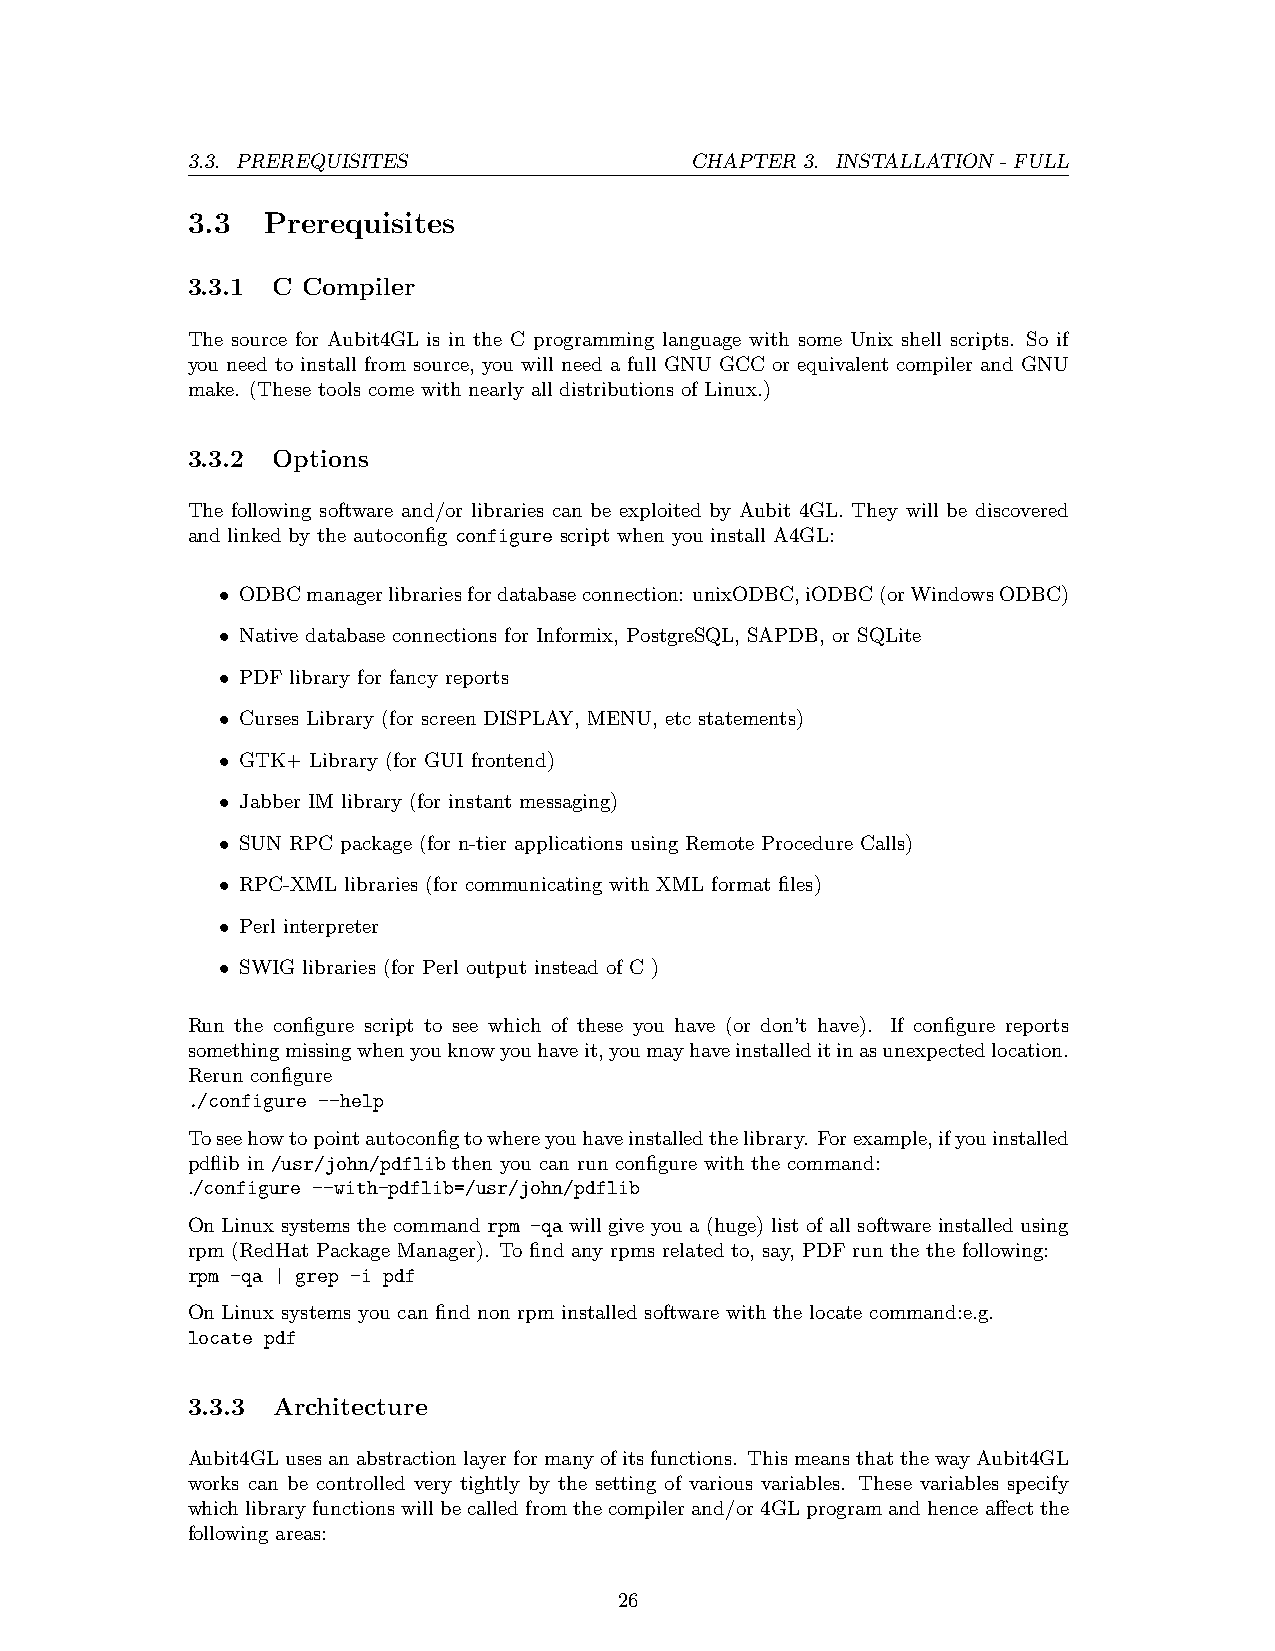
3.3. PREREQUISITES                CHAPTER 3. INSTALLATION - FULL
 3.3  Prerequisites
 3.3.1 C Compiler
 The source for Aubit4GL is in the C programming language with some Unix shell scripts. So if
 you need to install from source, you will need a full GNU GCC or equivalent compiler and GNU
 make. (These tools come with nearly all distributions of Linux.)
 3.3.2 Options
 The following software and/or libraries can be exploited by Aubit 4GL. They will be discovered
 and linked by the autoconfig configure script when you install A4GL:
 • ODBCmanagerlibrariesfordatabaseconnection: unixODBC,iODBC(orWindowsODBC)
 • Native database connections for Informix, PostgreSQL, SAPDB, or SQLite
 • PDF library for fancy reports
 • Curses Library (for screen DISPLAY, MENU, etc statements)
 • GTK+ Library (for GUI frontend)
 • Jabber IM library (for instant messaging)
 • SUN RPC package (for n-tier applications using Remote Procedure Calls)
 • RPC-XML libraries (for communicating with XML format files)
 • Perl interpreter
 • SWIG libraries (for Perl output instead of C )
 Run the configure script to see which of these you have (or don’t have). If configure reports
 somethingmissingwhenyouknowyouhaveit,youmayhaveinstalleditinasunexpectedlocation.
 Rerun configure
 ./configure --help
 Toseehowtopointautoconfigtowhereyouhaveinstalledthelibrary. Forexample,ifyouinstalled
 pdflib in /usr/john/pdflib then you can run configure with the command:
 ./configure --with-pdflib=/usr/john/pdflib
 On Linux systems the command rpm -qa will give you a (huge) list of all software installed using
 rpm (RedHat Package Manager). To find any rpms related to, say, PDF run the the following:
 rpm -qa | grep -i pdf
 On Linux systems you can find non rpm installed software with the locate command:e.g.
 locate pdf
 3.3.3 Architecture
 Aubit4GLusesanabstractionlayerformanyofitsfunctions. ThismeansthatthewayAubit4GL
 works can be controlled very tightly by the setting of various variables. These variables specify
 whichlibraryfunctionswillbecalledfromthecompilerand/or4GLprogramandhenceaffectthe
 following areas:
 26